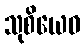
သုစိယေဝ